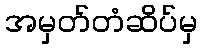
အမှတ်တံဆိပ်မှ